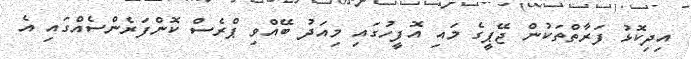
އިދިކޮޅު ފަރާތްތަކުން ޖޭޕީގެ މައި އޮފީހުގައި މިއަދު ބޭއްވި ޕްރެސް ކޮންފަރެންސެއްގައި އެ